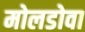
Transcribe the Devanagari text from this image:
मोलडोवा